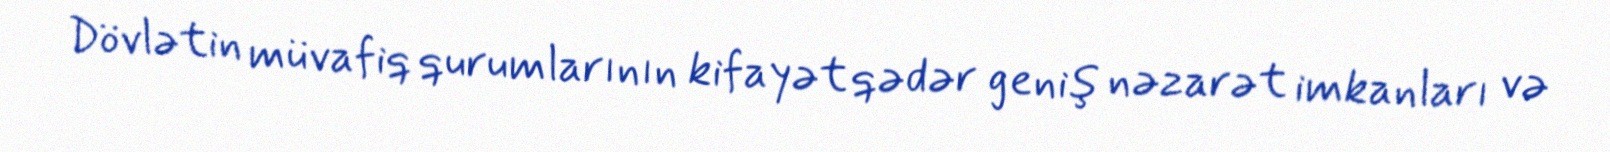
Dövlətin müvafiq qurumlarının kifayət qədər geniş nəzarət imkanları və